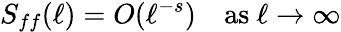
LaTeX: S_{ff}(\ell)=O(\ell^{-s})\quad\mathrm{{{as\ }\ell\to\infty}}